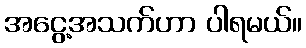
အငွေ့အသက်ဟာ ပါရမယ်။